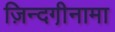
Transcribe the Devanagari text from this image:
ज़िन्दगी़नामा